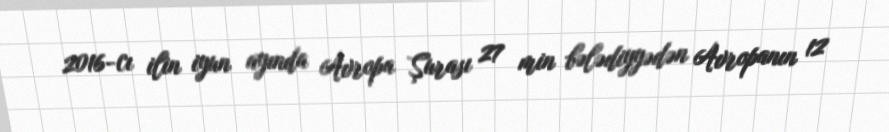
2016-cı ilin iyun ayında Avropa Şurası 27 min bələdiyyədən Avropanın 12